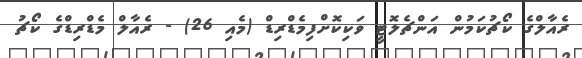
ރެއާލްގެ ކޯޗުކަމުން އަންޗެލޮޓީ ވަކިކޮށްފިމެޑްރިޑް (މެއި 26) - ރެއާލް މެޑްރިޑްގެ ކޯޗު